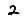
Digit: 2